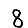
Digit: 8